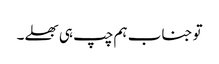
تو جناب ہم چپ ہی بھلے۔